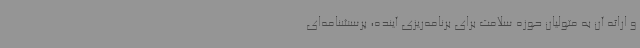
و ارائه آن به متولیان حوزه سلامت برای برنامه‌ریزی آینده، پرسشنامه‌ای